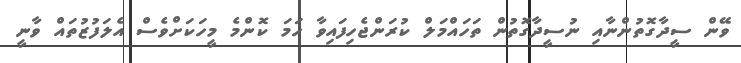
ވޭން ސީދާގޮތުންނާއި ނުސީދާގޮތުން ތަހައްމަލް ކުރަންޖެހިފައިވާ ހަމަ ކޮންމެ މީހަކަށްވެސް އެލަފުޒުތައް ވާނީ